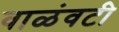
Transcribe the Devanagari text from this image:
वाळंवटी